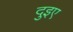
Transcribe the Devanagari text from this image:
दुइए